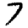
Digit: 7